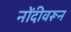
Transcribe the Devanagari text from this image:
नोंदीवरून